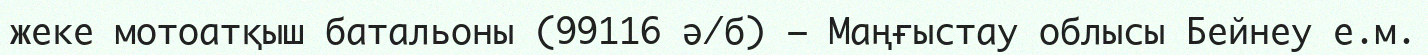
жеке мотоатқыш батальоны (99116 ә/б) — Маңғыстау облысы Бейнеу е.м.